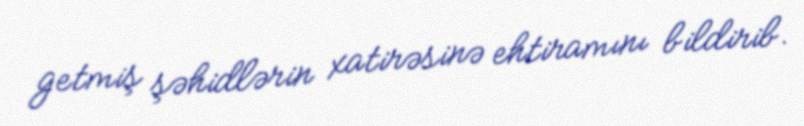
getmiş şəhidlərin xatirəsinə ehtiramını bildirib.